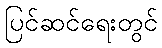
ပြင်ဆင်ရေးတွင်